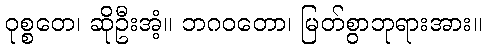
ဝုစ္စတေ၊ ဆိုဦးအံ့။ ဘဂဝတော၊ မြတ်စွာဘုရားအား။